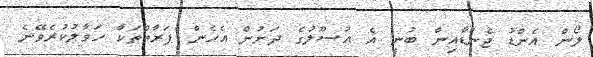
ލޯން އެންޑު ޖެންޑާއިން ބުނީ އެ އުސޫލުގެ ދަށުން އެހެން ފަރާތްތަކާ ހަވާލުކުރެވޭނެ